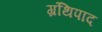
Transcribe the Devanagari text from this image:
ग्रंथिपाद